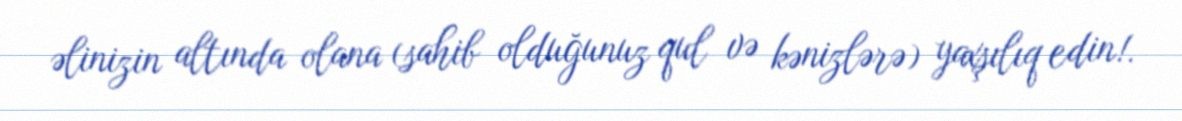
əlinizin altında olana (sahib olduğunuz qul və kənizlərə) yaxşılıq edin!.